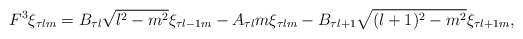
\begin{align*}F^{3}\xi_{\tau lm} = B_{\tau l} \sqrt{l^{2}-m^{2}} \xi_{\tau l-1 m}- A_{\tau l} m \xi_{\tau lm}- B_{\tau l+1} \sqrt{(l+1)^{2}-m^{2}} \xi_{\tau l+1 m},\end{align*}